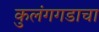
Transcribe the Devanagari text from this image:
कुलंगगडाचा